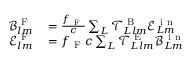
\begin{array} { r l } { \mathcal { B } _ { l m } ^ { \mathrm { ~ F ~ } } } & { { } = \frac { f _ { \mathrm { ~ F ~ } } } { c } \sum _ { L } \mathcal { T } _ { L l m } ^ { \mathrm { ~ B ~ } } \mathcal { E } _ { L m } ^ { \mathrm { ~ i ~ n ~ } } } \\ { \mathcal { E } _ { l m } ^ { \mathrm { ~ F ~ } } } & { { } = f _ { \mathrm { ~ F ~ } } c \sum _ { L } \mathcal { T } _ { L l m } ^ { \mathrm { ~ E ~ } } \mathcal { B } _ { L m } ^ { \mathrm { ~ i ~ n ~ } } } \end{array}